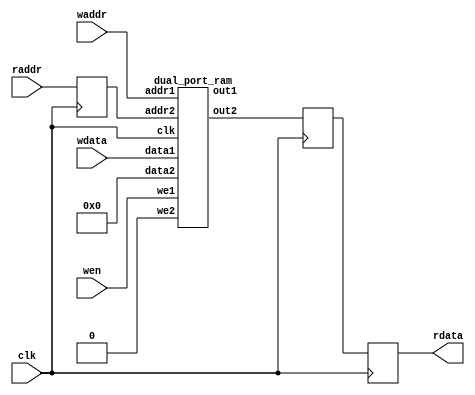
`define SIMULATION_MEMORY

module buffer_16_12100_buffer_init_33 (
	input clk,
	input wen,
	input [13:0] waddr,
	input [15:0] wdata,
	input [13:0] raddr,
	output [15:0] rdata
);

reg [13:0] raddr_reg;
reg [15:0] rdata_reg;
reg [15:0] pipeline_reg_0;
wire [15:0] rd_dummy_signal;
wire [15:0] wr_dummy_signal;
wire [15:0] rdata_wire;
assign rd_dummy_signal = 0;

always @(posedge clk) begin
	rdata_reg <= rdata_wire;
	raddr_reg <= raddr;
	pipeline_reg_0 <= rdata_reg;
end

dual_port_ram u_dual_port_ram(
	.addr1(waddr),
	.we1(wen),
	.data1(wdata),
	.out1(wr_dummy_signal),
	.addr2(raddr_reg),
	.we2(1'b0),
	.data2(rd_dummy_signal),
	.out2(rdata_wire),
	.clk(clk)
);
assign rdata = pipeline_reg_0;

endmodule

module dual_port_ram(
clk,
addr1,
addr2,
data1,
data2,
we1,
we2,
out1,
out2
);

parameter DATA_WIDTH = 16;
parameter ADDR_WIDTH = 14;
input clk;
input [ADDR_WIDTH-1:0] addr1;
input [ADDR_WIDTH-1:0] addr2;
input [DATA_WIDTH-1:0] data1;
input [DATA_WIDTH-1:0] data2;
input we1;
input we2;
output reg [DATA_WIDTH-1:0] out1;
output reg [DATA_WIDTH-1:0] out2;

reg [DATA_WIDTH-1:0] ram[ADDR_WIDTH-1:0];

always @(posedge clk) begin
  if (we1) begin
    ram[addr1] <= data1;
  end
  else begin
    out1 <= ram[addr1];
  end
end

always @(posedge clk) begin
  if (we2) begin
    ram [addr2] <= data2;
  end
  else begin
    out2 <= ram[addr2];
  end
end

endmodule